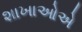
શાખાઓએ